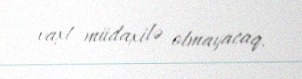
vaxt müdaxilə olmayacaq.